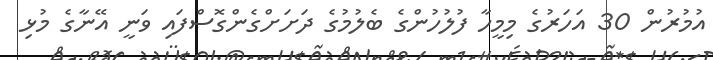
އުމުރުން 30 އަހަރުގެ މިމީހާ ފުލުހުންގެ ބެލުމުގެ ދަށަށްގެންގޮސްފައި ވަނީ އޭނާގެ މުޅި